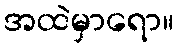
အထဲမှာရော။